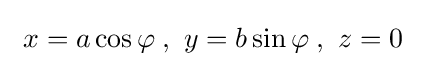
\ x=a\cos \varphi \;,\ y=b\sin \varphi \;,\ z=0\